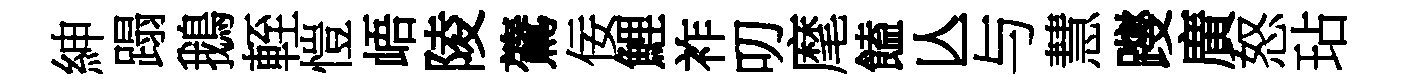
紳蹋鵝輊愷峿陵鷟佞鯉祚叨麾饁亾与慧躞廣怒玷